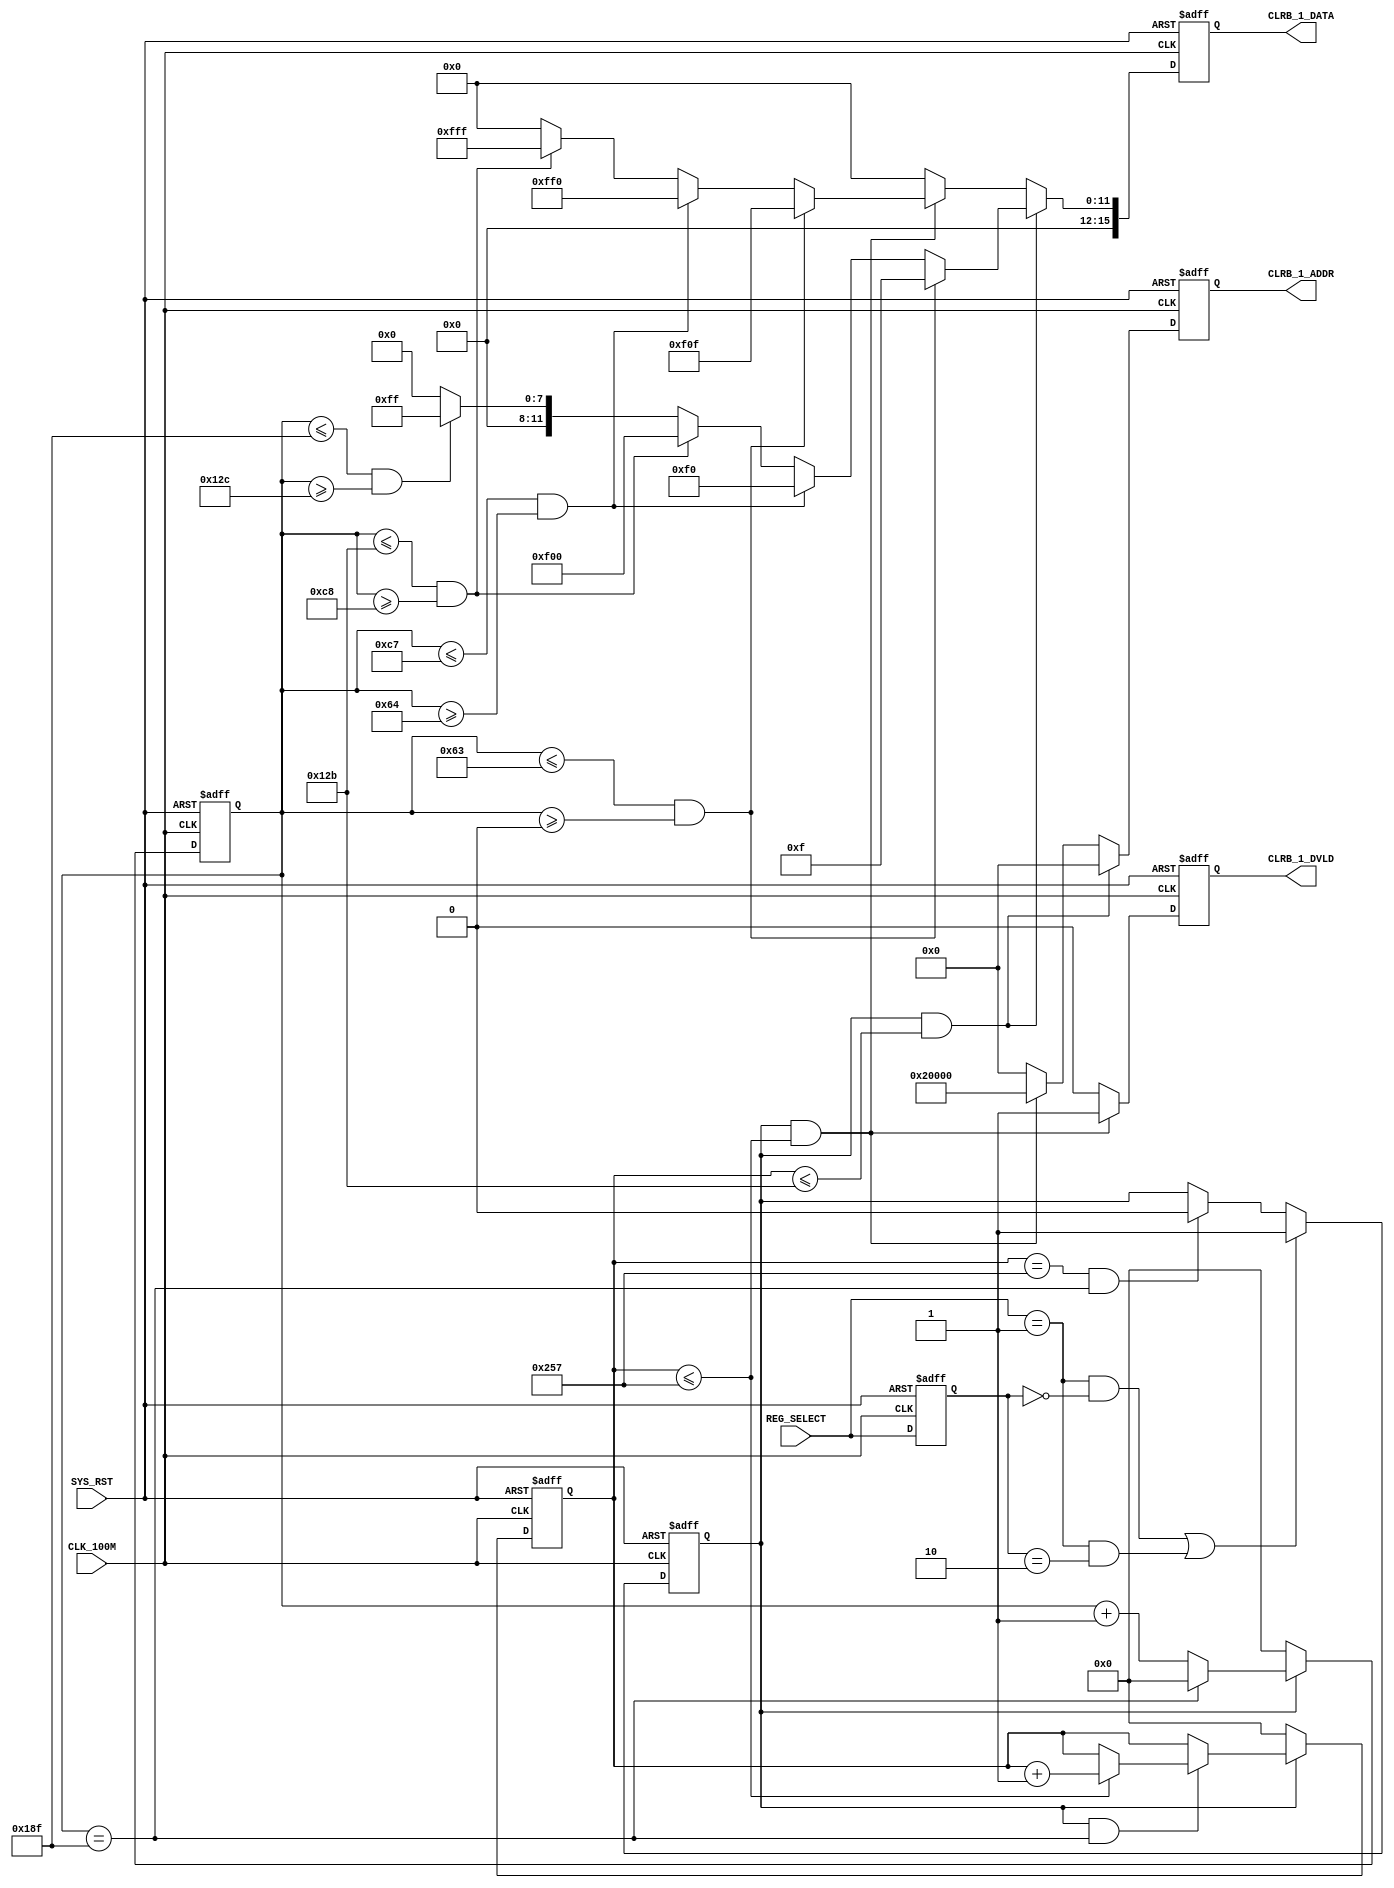
`timescale 1ns / 1ps

module COLORBAR_1 (
    // system signals
    input   wire                        CLK_100M                                , // (i) clock 100MHz
    input   wire                        SYS_RST                                 , // (i) system reset (high-active)

    input   wire[1:0]                   REG_SELECT                              , // (i) VGA display source select

    output  wire                        CLRB_1_DVLD                             , // (o) colorbar1 data valid
    output  wire[17:0]                  CLRB_1_ADDR                             , // (o) colorbar1 data valid
    output  wire[15:0]                  CLRB_1_DATA                               // (o) colorbar1 data
    );

    parameter                           P_LINE                  = 10'd400       ; // LINE 400 pixels
    parameter                           P_ROW                   = 10'd300       ; // ROW 300 pixels
    parameter                           P_ROW_2                 = 10'd600       ; // double ROW 600 pixels

    reg         [9:0]                   r_x_cnt                                 ; // LINE pixel count
    reg         [9:0]                   r_y_cnt                                 ; // ROW pixel count
    reg                                 r_dvld                                  ; // data vaild register
    reg         [15:0]                  r_data                                  ; // data register
    reg         [17:0]                  r_addr                                  ; // address register

    reg         [1:0]                   r_slct_delay                            ;
    reg                                 r_clrb1_en                              ;

    // REG_SELECT delay
    always @(posedge CLK_100M or posedge SYS_RST) begin
        if (SYS_RST) begin
            // reset
            r_slct_delay <= 2'b0;
        end else begin
            r_slct_delay <= REG_SELECT;
        end
    end

    // Colorbar1 enable
    always @(posedge CLK_100M or posedge SYS_RST) begin
        if (SYS_RST) begin
            // reset
            r_clrb1_en <= 1'b0;
        end else begin
            if ((REG_SELECT == 2'b01 && r_slct_delay == 2'b00) ||
                (REG_SELECT == 2'b01 && r_slct_delay == 2'b10)) begin
                r_clrb1_en <= 1'b1;
            end else if (r_y_cnt == P_ROW_2 - 1 && r_x_cnt == P_LINE - 1) begin
                r_clrb1_en <= 1'b0;
            end
        end
    end

    // LINE pixel counter
    always @(posedge CLK_100M or posedge SYS_RST) begin
        if (SYS_RST) begin
            // reset
            r_x_cnt <= 10'd0;
        end else begin
            if (r_clrb1_en == 1'b1) begin
                if (r_x_cnt == P_LINE - 1) begin
                    r_x_cnt <= 10'd0;
                end else begin
                    r_x_cnt <= r_x_cnt + 10'd1;
                end
            end else begin
                r_x_cnt <= 10'd0;
            end
        end
    end

    // ROW pixel counter
    always @(posedge CLK_100M or posedge SYS_RST) begin
        if (SYS_RST) begin
            // reset
            r_y_cnt <= 10'd0;
        end else begin
            if (r_clrb1_en == 1'b0) begin
                r_y_cnt <= 10'd0;
            end else if (r_clrb1_en == 1'b1 && r_x_cnt == P_LINE - 1) begin
                if (r_y_cnt <= P_ROW_2 - 1) begin
                    r_y_cnt <= r_y_cnt + 10'd1;
                end else begin
                    r_y_cnt <= r_y_cnt;
                end
            end
        end
    end

    // line data generate
    always @(posedge CLK_100M or posedge SYS_RST) begin
        if (SYS_RST) begin
            // reset
            r_data <= 16'h0000;
        end else begin
            if (r_clrb1_en == 1'b1 && r_y_cnt <= P_ROW - 1) begin
                if (r_x_cnt <= 10'd99 && r_x_cnt >= 10'd0) begin
                    r_data <= 16'h000F;
                end else if (r_x_cnt <= 10'd199 && r_x_cnt >= 10'd100) begin
                    r_data <= 16'h00F0;
                end else if (r_x_cnt <= 10'd299 && r_x_cnt >= 10'd200) begin
                    r_data <= 16'h0F00;
                end else if (r_x_cnt <= 10'd399 && r_x_cnt >= 10'd300) begin
                    r_data <= 16'h00FF;
                end else begin
                    r_data <= 16'h0000;
                end
            end else if (r_clrb1_en == 1'b1 && r_y_cnt <= P_ROW_2 - 1) begin
                if (r_x_cnt <= 10'd99 && r_x_cnt >= 10'd0) begin
                    r_data <= 16'h0F0F;
                end else if (r_x_cnt <= 10'd199 && r_x_cnt >= 10'd100) begin
                    r_data <= 16'h0FF0;
                end else if (r_x_cnt <= 10'd299 && r_x_cnt >= 10'd200) begin
                    r_data <= 16'h0FFF;
                end else if (r_x_cnt <= 10'd399 && r_x_cnt >= 10'd300) begin
                    r_data <= 16'h0000;
                end else begin
                    r_data <= 16'h0000;
                end
            end else begin
                r_data <= 16'h0000;
            end
        end
    end

    // line data vaild
    always @(posedge CLK_100M or posedge SYS_RST) begin
        if (SYS_RST) begin
            // reset
            r_dvld <= 1'b0;
        end else begin
            if (r_clrb1_en == 1'b1 && r_y_cnt <= P_ROW_2 - 1) begin
                r_dvld <= 1'b1;
            end else begin
                r_dvld <= 1'b0;
            end
        end
    end

    // line data address
    always @(posedge CLK_100M or posedge SYS_RST) begin
        if (SYS_RST) begin
            // reset
            r_addr <= 18'h0;
        end else begin
            if (r_clrb1_en == 1'b1 && r_y_cnt <= P_ROW - 1) begin
                r_addr <= 18'h0;
            end else if (r_clrb1_en == 1'b1 && r_y_cnt <= P_ROW_2 - 1) begin
                r_addr <= 18'h20000;
            end else begin
                r_addr <= 18'h00000;
            end
        end
    end

    assign CLRB_1_DVLD = r_dvld;
    assign CLRB_1_DATA = r_data;
    assign CLRB_1_ADDR = r_addr;

endmodule